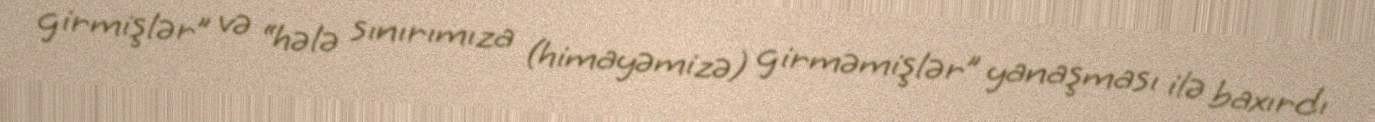
girmişlər” və “hələ sınırımıza (himayəmizə) girməmişlər” yanaşması ilə baxırdı